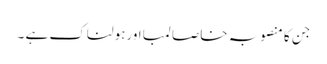
جن کا منصوبہ خاصا لمبا اورہولناک ہے ۔